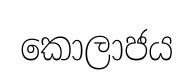
කොලාජය